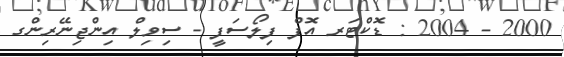
2000 - 2004 : ޑޮކްޓަރ އޮފް ފިލޯސަފީ - ސިވިލް އިންޖިނޭރިންގ